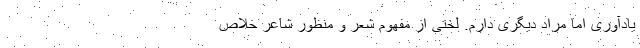
یادآوری اما مراد دیگری دارم. لَختی از مفهوم شعر و منظور شاعر خلاص